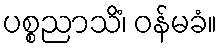
ပစ္စညာသိံ၊ ဝန်မခံ။